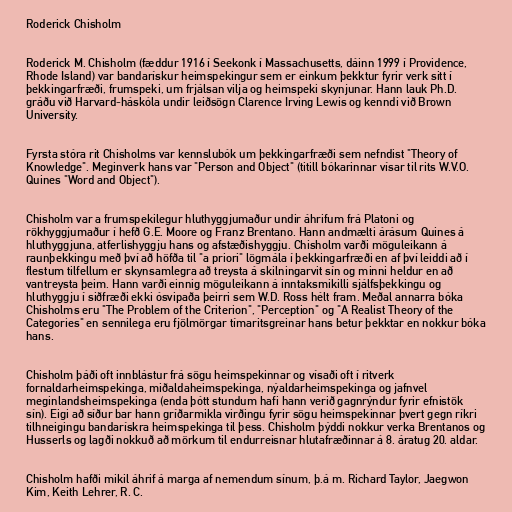
Roderick Chisholm

Roderick M. Chisholm (fæddur 1916 í Seekonk í Massachusetts, dáinn 1999 í Providence,
Rhode Island) var bandarískur heimspekingur sem er einkum þekktur fyrir verk sitt í
þekkingarfræði, frumspeki, um frjálsan vilja og heimspeki skynjunar. Hann lauk Ph.D.
gráðu við Harvard-háskóla undir leiðsögn Clarence Irving Lewis og kenndi við Brown
University.

Fyrsta stóra rit Chisholms var kennslubók um þekkingarfræði sem nefndist "Theory of
Knowledge". Meginverk hans var "Person and Object" (titill bókarinnar vísar til rits W.V.O.
Quines "Word and Object").

Chisholm var a frumspekilegur hluthyggjumaður undir áhrifum frá Platoni og
rökhyggjumaður í hefð G.E. Moore og Franz Brentano. Hann andmælti árásum Quines á
hluthyggjuna, atferlishyggju hans og afstæðishyggju. Chisholm varði möguleikann á
raunþekkingu með því að höfða til "a priori" lögmála í þekkingarfræði en af því leiddi að í
flestum tilfellum er skynsamlegra að treysta á skilningarvit sín og minni heldur en að
vantreysta þeim. Hann varði einnig möguleikann á inntaksmikilli sjálfsþekkingu og
hluthyggju í siðfræði ekki ósvipaða þeirri sem W.D. Ross hélt fram. Meðal annarra bóka
Chisholms eru "The Problem of the Criterion", "Perception" og "A Realist Theory of the
Categories" en sennilega eru fjölmörgar tímaritsgreinar hans betur þekktar en nokkur bóka
hans.

Chisholm þáði oft innblástur frá sögu heimspekinnar og vísaði oft í ritverk
fornaldarheimspekinga, miðaldaheimspekinga, nýaldarheimspekinga og jafnvel
meginlandsheimspekinga (enda þótt stundum hafi hann verið gagnrýndur fyrir efnistök
sín). Eigi að síður bar hann gríðarmikla virðingu fyrir sögu heimspekinnar þvert gegn ríkri
tilhneigingu bandarískra heimspekinga til þess. Chisholm þýddi nokkur verka Brentanos og
Husserls og lagði nokkuð að mörkum til endurreisnar hlutafræðinnar á 8. áratug 20. aldar.

Chisholm hafði mikil áhrif á marga af nemendum sínum, þ.á m. Richard Taylor, Jaegwon
Kim, Keith Lehrer, R. C.